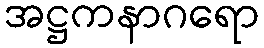
အဋ္ဌကနာဂရော